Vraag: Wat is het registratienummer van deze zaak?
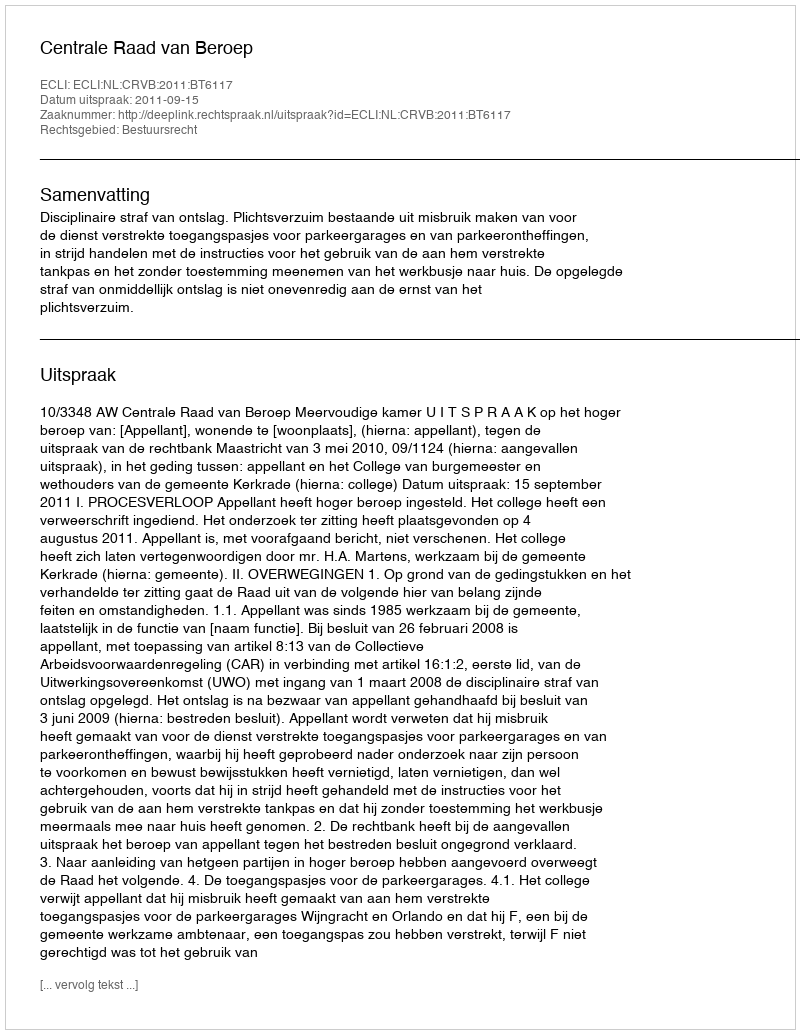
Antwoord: http://deeplink.rechtspraak.nl/uitspraak?id=ECLI:NL:CRVB:2011:BT6117